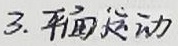
平面运动